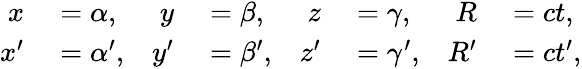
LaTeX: \begin{array}{rlrlrlrl}{x}&{{}=\alpha,}&{y}&{{}=\beta,}&{z}&{{}=\gamma,}&{R}&{{}=ct,}\\ {x^{\prime}}&{{}=\alpha^{\prime},}&{y^{\prime}}&{{}=\beta^{\prime},}&{z^{\prime}}&{{}=\gamma^{\prime},}&{R^{\prime}}&{{}=ct^{\prime},}\end{array}